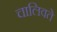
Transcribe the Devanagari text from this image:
चालिवते